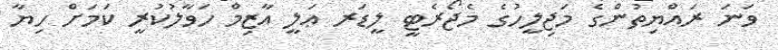
ވަނަ ރައްޔިތުންގެ މަޖިލީހުގެ މެޖޯރެޓީ ލީޑަރ ޢަލީ އާޒިމް ހަވާލުކުރީ ކަމަށް ހިޔާ